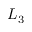
L _ { 3 }